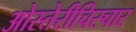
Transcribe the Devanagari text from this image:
ओस्तेरीचिस्चार